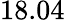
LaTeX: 18.04